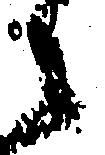
々